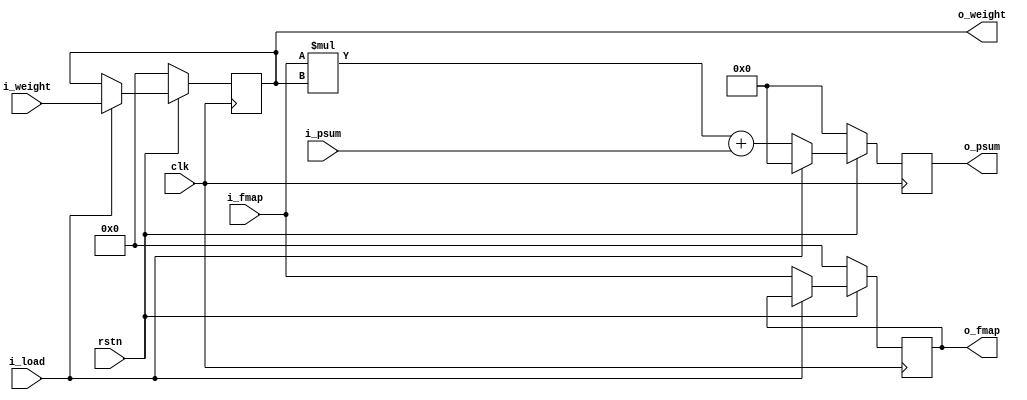
module processing_element # (
    parameter DATA_WIDTH = 8
)
(
    input                               clk     ,
    input                               rstn    ,

    input       [2*DATA_WIDTH-1 : 0]    i_psum  ,   // Input Partial Sum
    input         [DATA_WIDTH-1 : 0]    i_fmap  ,   // Input Feature Map
    input         [DATA_WIDTH-1 : 0]    i_weight,   // Input Weight

    input                               i_load  ,   // Load Weight Enable signal

    output      [2*DATA_WIDTH-1 : 0]    o_psum  ,   // Output Partial Sum
    output        [DATA_WIDTH-1 : 0]    o_fmap  ,   // Output Feature Map
    output        [DATA_WIDTH-1 : 0]    o_weight    // Output Weight
);

    reg         [2*DATA_WIDTH-1 : 0]    r_psum;     // Register Partial Sum
    reg           [DATA_WIDTH-1 : 0]    r_fmap;     // Register Feature Map
    reg           [DATA_WIDTH-1 : 0]    r_weight;   // Register Weight


    // Do MAC operation when i_load is 0, clear register when i_load is 1  
    always @ (posedge clk) begin
        if      (!rstn)     r_psum <= 'h0;  
        else if (!i_load)   r_psum <= i_fmap * r_weight + i_psum;
        else if (i_load)    r_psum <= 'h0;
    end


    // Read input only i_load signal is 0
    always @ (posedge clk) begin
        if      (!rstn)     r_fmap <= 'h0;
        else if (!i_load)   r_fmap <= i_fmap;
    end

    // Read weight only i_load signal is 1
    always @ (posedge clk) begin
        if      (!rstn)     r_weight <= 'h0;
        else if (i_load)    r_weight <= i_weight;
    end

    assign o_psum   = r_psum;
    assign o_fmap   = r_fmap;
    assign o_weight = r_weight;

endmodule